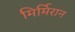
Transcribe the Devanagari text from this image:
मिर्मिरान